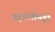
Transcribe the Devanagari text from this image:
उड़नलोमड़ी